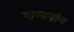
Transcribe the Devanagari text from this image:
कन्वर्ज़न